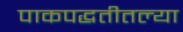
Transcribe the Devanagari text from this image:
पाकपद्धतीतल्या